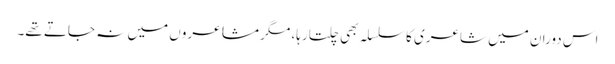
اس دوران میں شاعری کا سلسلہ بھی چلتا رہا، مگر مشاعروں میں نہ جاتے تھے۔